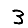
Digit: 3